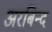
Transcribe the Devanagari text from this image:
अरबिन्द